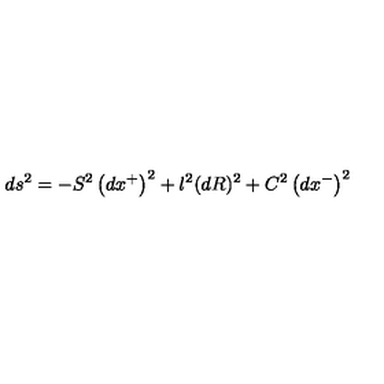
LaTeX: d s ^ { 2 } = - S ^ { 2 } \left( d x ^ { + } \right) ^ { 2 } + l ^ { 2 } ( d R ) ^ { 2 } + C ^ { 2 } \left( d x ^ { - } \right) ^ { 2 }